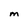
Character: M